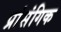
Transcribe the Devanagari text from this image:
प्रांसंगिक